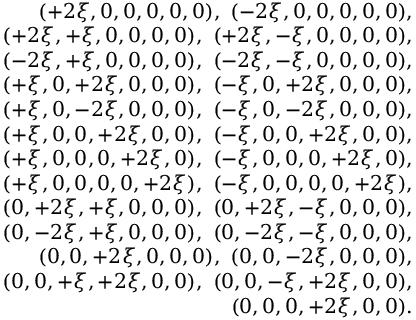
\begin{array} { r l r } & { } & { ( + 2 \xi , 0 , 0 , 0 , 0 , 0 ) , \ ( - 2 \xi , 0 , 0 , 0 , 0 , 0 ) , } \\ & { } & { ( + 2 \xi , + \xi , 0 , 0 , 0 , 0 ) , \ ( + 2 \xi , - \xi , 0 , 0 , 0 , 0 ) , } \\ & { } & { ( - 2 \xi , + \xi , 0 , 0 , 0 , 0 ) , \ ( - 2 \xi , - \xi , 0 , 0 , 0 , 0 ) , } \\ & { } & { ( + \xi , 0 , + 2 \xi , 0 , 0 , 0 ) , \ ( - \xi , 0 , + 2 \xi , 0 , 0 , 0 ) , } \\ & { } & { ( + \xi , 0 , - 2 \xi , 0 , 0 , 0 ) , \ ( - \xi , 0 , - 2 \xi , 0 , 0 , 0 ) , } \\ & { } & { ( + \xi , 0 , 0 , + 2 \xi , 0 , 0 ) , \ ( - \xi , 0 , 0 , + 2 \xi , 0 , 0 ) , } \\ & { } & { ( + \xi , 0 , 0 , 0 , + 2 \xi , 0 ) , \ ( - \xi , 0 , 0 , 0 , + 2 \xi , 0 ) , } \\ & { } & { ( + \xi , 0 , 0 , 0 , 0 , + 2 \xi ) , \ ( - \xi , 0 , 0 , 0 , 0 , + 2 \xi ) , } \\ & { } & { ( 0 , + 2 \xi , + \xi , 0 , 0 , 0 ) , \ ( 0 , + 2 \xi , - \xi , 0 , 0 , 0 ) , } \\ & { } & { ( 0 , - 2 \xi , + \xi , 0 , 0 , 0 ) , \ ( 0 , - 2 \xi , - \xi , 0 , 0 , 0 ) , } \\ & { } & { ( 0 , 0 , + 2 \xi , 0 , 0 , 0 ) , \ ( 0 , 0 , - 2 \xi , 0 , 0 , 0 ) , } \\ & { } & { ( 0 , 0 , + \xi , + 2 \xi , 0 , 0 ) , \ ( 0 , 0 , - \xi , + 2 \xi , 0 , 0 ) , } \\ & { } & { ( 0 , 0 , 0 , + 2 \xi , 0 , 0 ) . } \end{array}